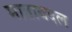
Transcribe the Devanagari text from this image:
माताबदल